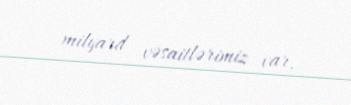
milyard vəsaitlərimiz var.